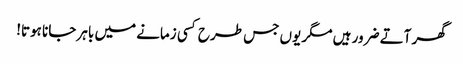
گھر آتے ضرور ہیں مگر یوں جس طرح کسی زمانے میں باہر جانا ہوتا!